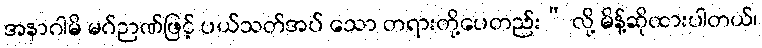
အနာဂါမိ မဂ်ဉာဏ်ဖြင့် ပယ်သတ်အပ် သော တရားတို့ပေတည်း” လို့ မိန့်ဆိုထားပါတယ်၊